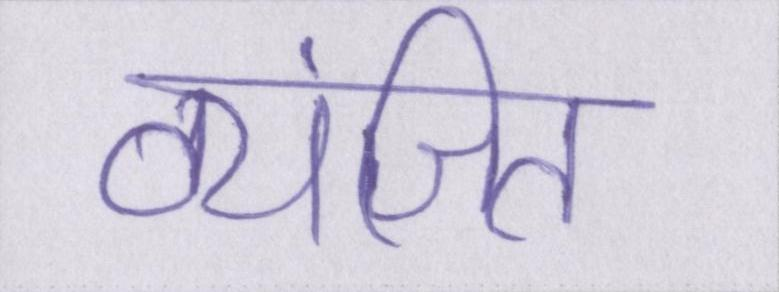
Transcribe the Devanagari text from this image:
व्यंजित